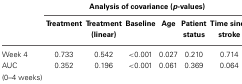
|  | <COLSPAN=6> Analysis of covariance (p-values) |
 |  | Treatment | Treatment (linear) | Baseline | Age | Patient status | Time since stroke |
 | --- | --- | --- | --- | --- | --- | --- |
 | Week 4 | 0.733 | 0.542 | <0.001 | 0.027 | 0.210 | 0.714 |
 | AUC (0–4 weeks) | 0.352 | 0.196 | <0.001 | 0.061 | 0.369 | 0.064 |